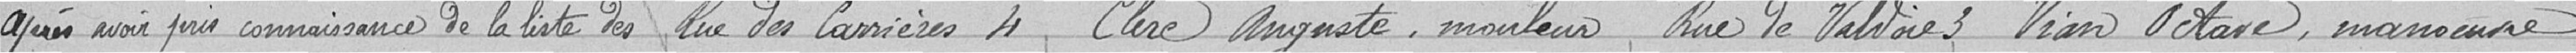
après avoir pris connaissance de la liste des. Rue des Carrières 4 Clerc Auguste, mouleur Rue de Valdoie 3 Vian Octave, manucure